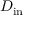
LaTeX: D _ { \mathrm { i n } }